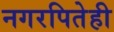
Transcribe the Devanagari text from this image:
नगरपितेही